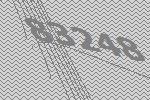
83248